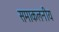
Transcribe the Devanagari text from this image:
समाकलनीय